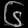
Digit: ၆